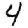
Digit: 4